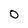
Character: o